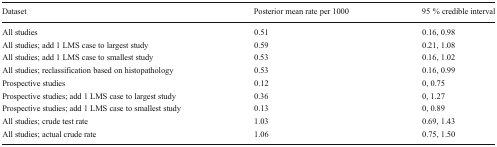
<table><thead><tr><td><b>Dataset</b></td><td><b>Posterior mean rate per 1000</b></td><td><b>95 % credible interval</b></td></tr></thead><tbody><tr><td>All studies</td><td>0.51</td><td>0.16, 0.98</td></tr><tr><td>All studies; add 1 LMS case to largest study</td><td>0.59</td><td>0.21, 1.08</td></tr><tr><td>All studies; add 1 LMS case to smallest study</td><td>0.53</td><td>0.16, 1.02</td></tr><tr><td>All studies; reclassification based on histopathology</td><td>0.53</td><td>0.16, 0.99</td></tr><tr><td>Prospective studies</td><td>0.12</td><td>0, 0.75</td></tr><tr><td>Prospective studies; add 1 LMS case to largest study</td><td>0.36</td><td>0, 1.27</td></tr><tr><td>Prospective studies; add 1 LMS case to smallest study</td><td>0.13</td><td>0, 0.89</td></tr><tr><td>All studies; crude test rate</td><td>1.03</td><td>0.69, 1.43</td></tr><tr><td>All studies; actual crude rate</td><td>1.06</td><td>0.75, 1.50</td></tr></tbody></table>